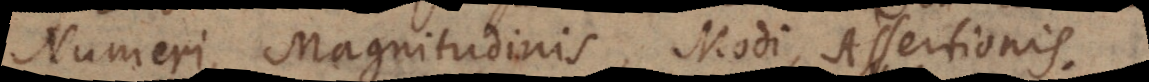
Numeri, Magnitudinis, Modi, Assertionis.